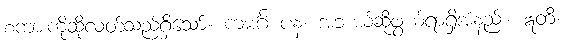
စကားကိုဆိုလတ်သည်ရှိသော်။ ကမင်္ဂံ ပန၊ အဘယ်ဆိုဖွယ်ရာရှိအံ့နည်း။ ဣတိ၊